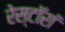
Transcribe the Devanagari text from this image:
रेस्टॉरां